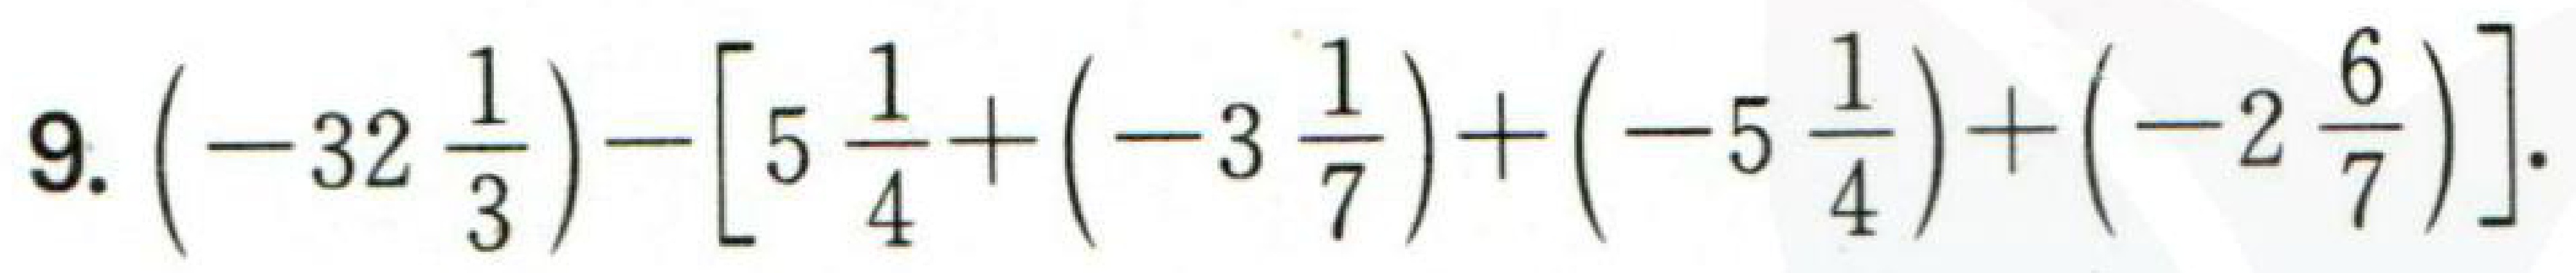
9. \(\left(-32\frac{1}{3}\right)-\left[5\frac{1}{4}+\left(-3\frac{1}{7}\right)+\left(-5\frac{1}{4}\right)+\left(-2\frac{6}{7}\right)\right]\).